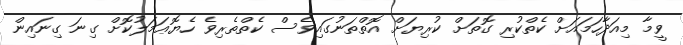
ވީމާ މިއަދާހަމައަށް ކެތްކުރި ގޮތަށް ކުރިޔަށް އޮތްތަނުގައިވެސް ކެތްތެރިވެ ހެޔޮޢަމަލުކޮށް ގިނަ ގިނައިން